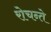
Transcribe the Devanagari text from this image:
रोचन्ते